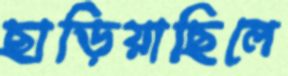
ছাড়িয়াছিলে